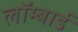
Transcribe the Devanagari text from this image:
लॉम्बार्ड